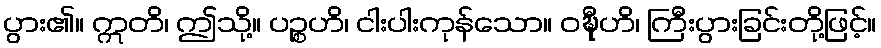
ပွား၏။ ဣတိ၊ ဤသို့။ ပဉ္စဟိ၊ ငါးပါးကုန်သော။ ဝဍ္ဎီဟိ၊ ကြီးပွားခြင်းတို့ဖြင့်။